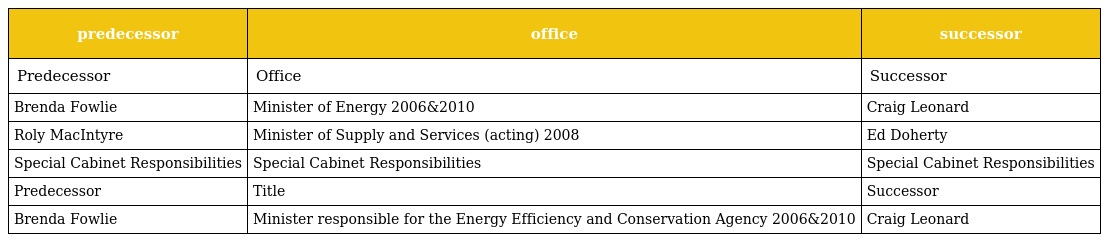
| predecessor | office | successor |
 | --- | --- | --- |
 | Predecessor | Office | Successor |
 | Brenda Fowlie | Minister of Energy 2006&2010 | Craig Leonard |
 | Roly MacIntyre | Minister of Supply and Services (acting) 2008 | Ed Doherty |
 | Special Cabinet Responsibilities | Special Cabinet Responsibilities | Special Cabinet Responsibilities |
 | Predecessor | Title | Successor |
 | Brenda Fowlie | Minister responsible for the Energy Efficiency and Conservation Agency 2006&2010 | Craig Leonard |